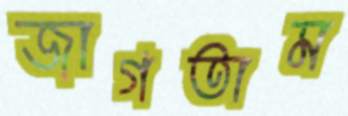
জাগতাম